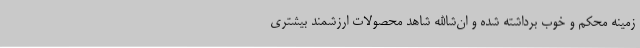
زمینه محکم و خوب برداشته شده و ان‌شاالله شاهد محصولات ارزشمند بیشتری